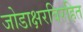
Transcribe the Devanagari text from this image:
जोडाक्षरविरहित